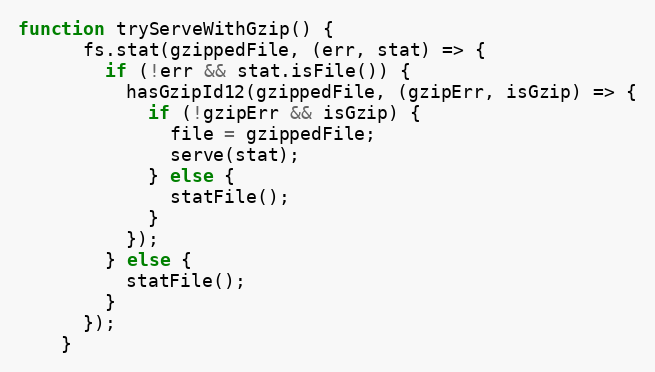
Language: JavaScript
function tryServeWithGzip() {
      fs.stat(gzippedFile, (err, stat) => {
        if (!err && stat.isFile()) {
          hasGzipId12(gzippedFile, (gzipErr, isGzip) => {
            if (!gzipErr && isGzip) {
              file = gzippedFile;
              serve(stat);
            } else {
              statFile();
            }
          });
        } else {
          statFile();
        }
      });
    }